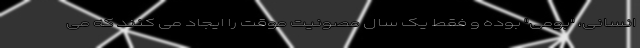
انسانی، "بومی" بوده و فقط یک سال مصونیت موقت را ایجاد می کنند که می